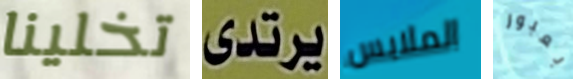
تخلينا يرتدى الملابس بعبور